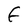
Character: F